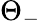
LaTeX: \Theta_{-}